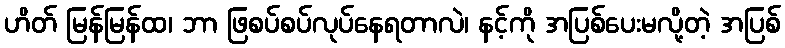
ဟိတ် မြန်မြန်ထ၊ ဘာ ဖြစပ်စပ်လုပ်နေရတာလဲ၊ နင့်ကို အပြစ်ပေးမလို့တဲ့ အပြစ်